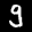
Label: 9